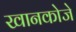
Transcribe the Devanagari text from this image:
खानकोजे